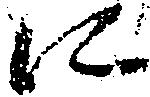
に